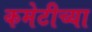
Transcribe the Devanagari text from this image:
कमेटीच्या